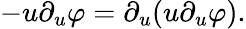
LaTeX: -u\partial_{u}\varphi=\partial_{u}(u\partial_{u}\varphi).